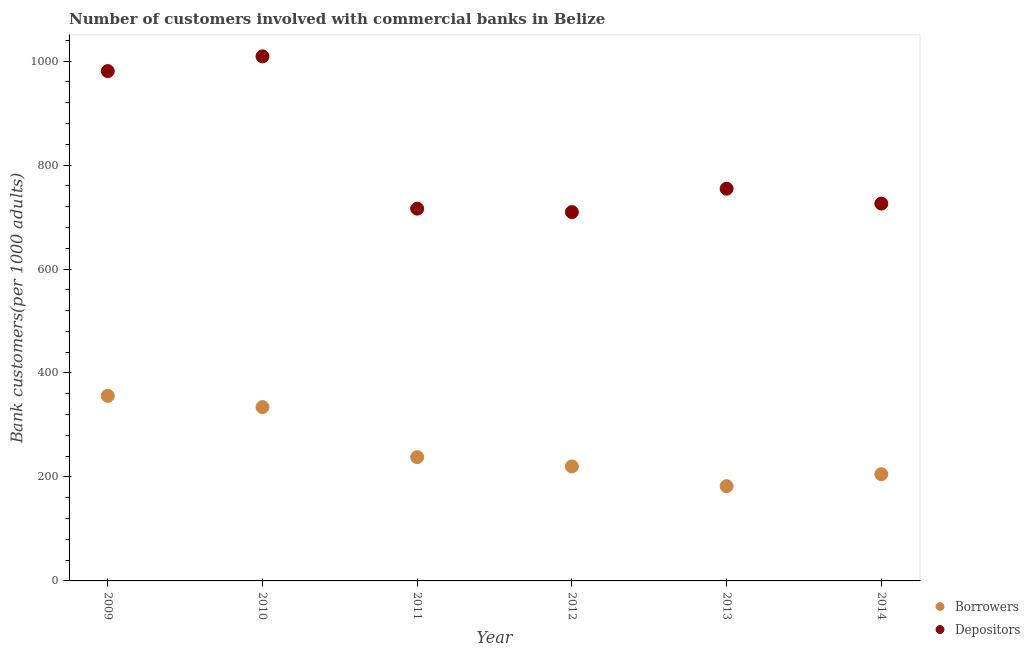
| Year | Borrowers | Depositors |
 | --- | --- | --- |
 | 2009 | 356 | 981 |
 | 2010 | 334 | 1.01e+03 |
 | 2011 | 238 | 716 |
 | 2012 | 220 | 710 |
 | 2013 | 182 | 755 |
 | 2014 | 205 | 726 |